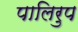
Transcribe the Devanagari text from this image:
पालिरुप